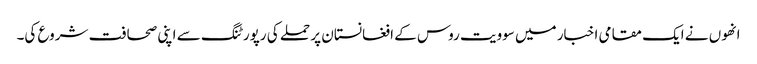
انھوں نے ایک مقامی اخبار میں سوویت روس کے افغانستان پر حملے کی رپورٹنگ سے اپنی صحافت شروع کی۔